Indian journal of veterinary science and animal husbandry - Volume 4,
Year: 1934
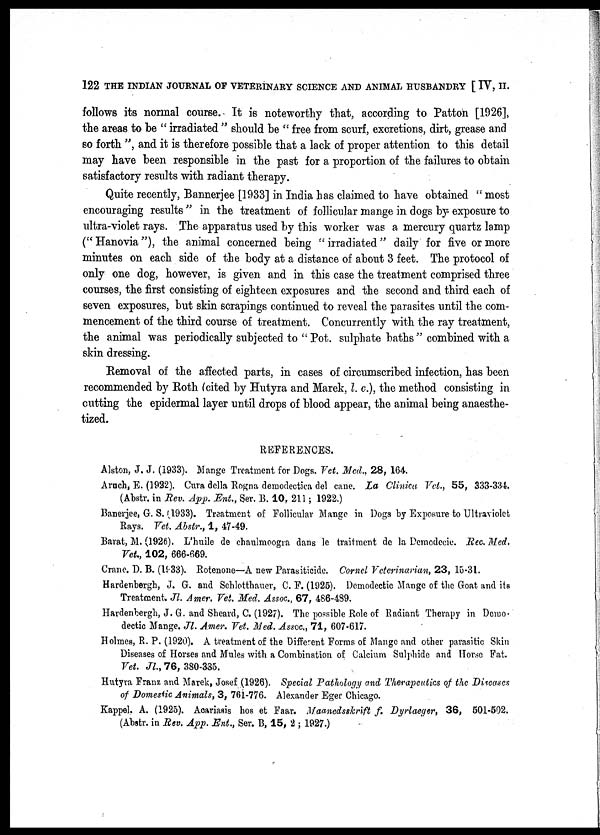
122 THE INDIAN JOURNAL OF VETERINARY SCIENCE AND ANIMAL HUSBANDRY [ IV, II.
follows its normal course. It is noteworthy that, according to Patton [1926],
the areas to be " irradiated " should be " free from scurf, excretions, dirt, grease and
so forth ", and it is therefore possible that a lack of proper attention to this detail
may have been responsible in the past for a proportion of the failures to obtain
satisfactory results with radiant therapy.
Quite recently, Bannerjee [1933] in India has claimed to have obtained " most
encouraging results " in the treatment of follicular mange in dogs by exposure to
ultra-violet rays. The apparatus used by this worker was a mercury quartz lamp
("Hanovia"), the animal concerned being "irradiated" daily for five or more
minutes on each side of the body at a distance of about 3 feet. The protocol of
only one dog, however, is given and in this case the treatment comprised three
courses, the first consisting of eighteen exposures and the second and third each of
seven exposures, but skin scrapings continued to reveal the parasites until the com-
mencement of the third course of treatment. Concurrently with the ray treatment,
the animal was periodically subjected to " Pot. sulphate baths " combined with a
skin dressing.
Removal of the affected parts, in cases of circumscribed infection, has been
recommended by Roth (cited by Hutyra and Marek, I. c), the method consisting in
cutting the epidermal layer until drops of blood appear, the animal being anaesthe-
tized.
REFERENCES.
Alston, J. J. (1933). Mange Treatment for Dogs. Vet. Med., 28, 164.
Aruch, E. (1922). Cura della Rogna demodectica del cane. La Clinica Vet., 55, 333-334
(Abstr. in Rev, App. Ent., Ser. B. 10, 211; 1922.)
Banerjee, G. S. (1933). Treatment of Follicular Mange in Dogs by Exposure to Ultraviolet
Rays. Vet. Abstr., 1, 47-49.
Barat, M. (1928). L'huile de chaulmoogra dans le traitment de la Demodecic. Rec. Med,
Vet., 102, 666-669.
Crane. D. B. (1933). Rotenone—A new Parasiticide. Cornel Veterinarian, 23, 15-31.
Hardenbergh, J. G. and Schlotthauer, C. F. (1925). Domodectic Mange of the Goat and its
Treatment. Jl. Amer. Vet. Med. Assoc., 67, 486-489.
Hardenbergh, J. G. and Sheard, C. (1927). The possible Role of Rdiant Therapy in Demo.
dectic Mange. Jl. Amer. Vet. Med. Assoc., 71, 607-617.
Holmes, R. P. (1920). A treatment of the Different Forms of Mange and other parasitic Skin
Diseases of Horses and Mules with a Combination of Calcium Sulphide and Horse Fat.
Vet. Jl, 76, 380-335.
Hutyra Franz and Marek, Josef (1926). Special Pathology and Therapeutics of the Discases
of Domestic Animals, 3, 761-776. Alexander Eger Chicago.
Kappel. A. (1925). Acariasis hos et Faar. Maanedsskrift f. Dyrlaeger, 36, 501-502.
(Abstr. in Rev. App. Ent., Ser. B, 15, 2 ; 1927.)